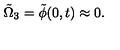
\tilde { \Omega } _ { 3 } = \tilde { \phi } ( 0 , t ) \approx 0 .